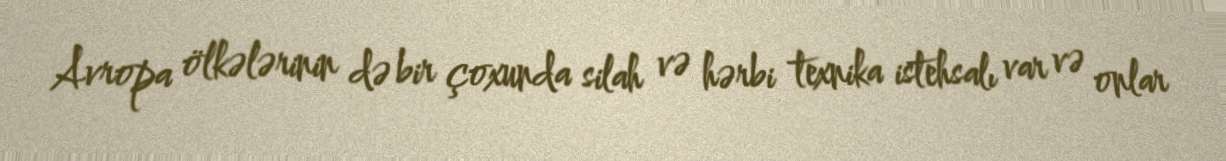
Avropa ölkələrinin də bir çoxunda silah və hərbi texnika istehsalı var və onlar